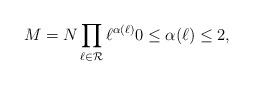
LaTeX: \begin{align*}M = N\prod_{\ell\in \mathcal{R}} \ell^{\alpha(\ell)} 0\leq \alpha(\ell)\leq 2,\end{align*}